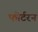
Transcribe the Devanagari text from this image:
फोर्टरन